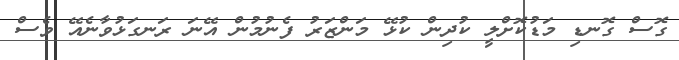
ގޮސް ގޮނޑި މަޑުކޮށްލީ ކުދިން ކުޅޭ މަންޒަރު ފެނުމުން އޭނަ ރަނގަޅުވާނެއޭ ވެސް